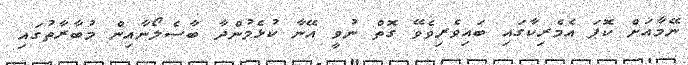
ނޭމާއަށް ކޮޕަ އެމެރިކާގައި ބައިވެރިވެވޭ ގޮތް ނުވީ އޭނާ ކުޅެމުންދާ ބާސެލޯނާއިން މުބާރާތުގައި